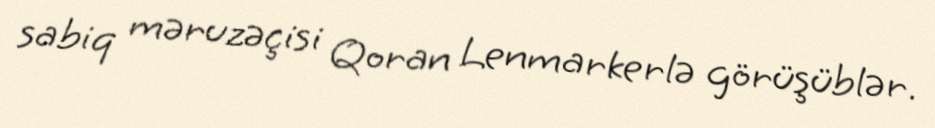
sabiq məruzəçisi Qoran Lenmarkerlə görüşüblər.